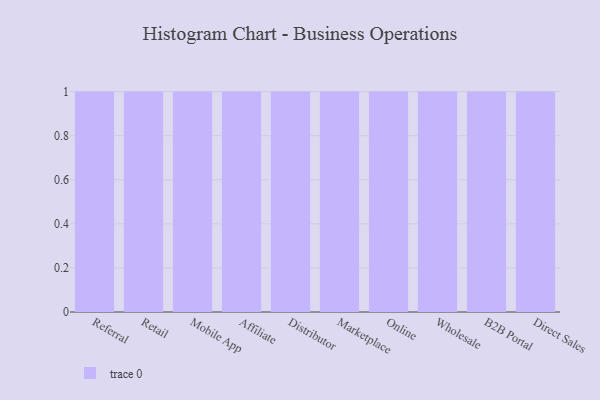
{"axis": {"x": "Channel", "y": "Inventory Turnover"}, "legend": [""], "data": [{"x": "Referral", "y": 99, "type": ""}, {"x": "Retail", "y": 42, "type": ""}, {"x": "Mobile App", "y": 17, "type": ""}, {"x": "Affiliate", "y": 27, "type": ""}, {"x": "Distributor", "y": 54, "type": ""}, {"x": "Marketplace", "y": 86, "type": ""}, {"x": "Online", "y": 8, "type": ""}, {"x": "Wholesale", "y": 32, "type": ""}, {"x": "B2B Portal", "y": 100, "type": ""}, {"x": "Direct Sales", "y": 57, "type": ""}]}